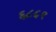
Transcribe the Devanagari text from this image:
६८५९